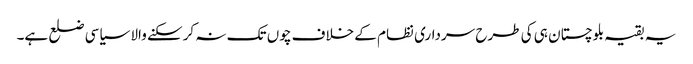
یہ بقیہ بلوچستان ہی کی طرح سرداری نظام کے خلاف چوں تک نہ کرسکنے والا سیاسی ضلع ہے۔